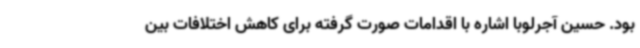
بود. حسین آجرلوبا اشاره با اقدامات صورت گرفته برای کاهش اختلافات بین